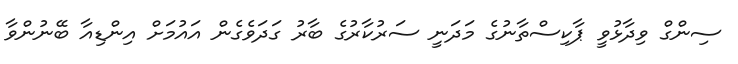
ސިންގް ވިދާޅުވީ ޕާކިސްތާނުގެ މަދަނީ ސަރުކާރުގެ ބާރު ގަދަވެގެން އައުމަށް އިންޑިއާ ބޭނުންވާ